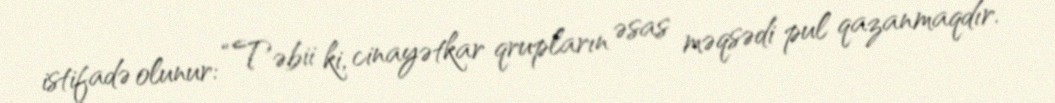
istifadə olunur: “Təbii ki, cinayətkar qrupların əsas məqsədi pul qazanmaqdır.